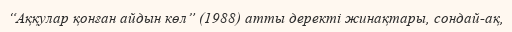
“Аққулар қонған айдын көл” (1988) атты деректі жинақтары, сондай-ақ,